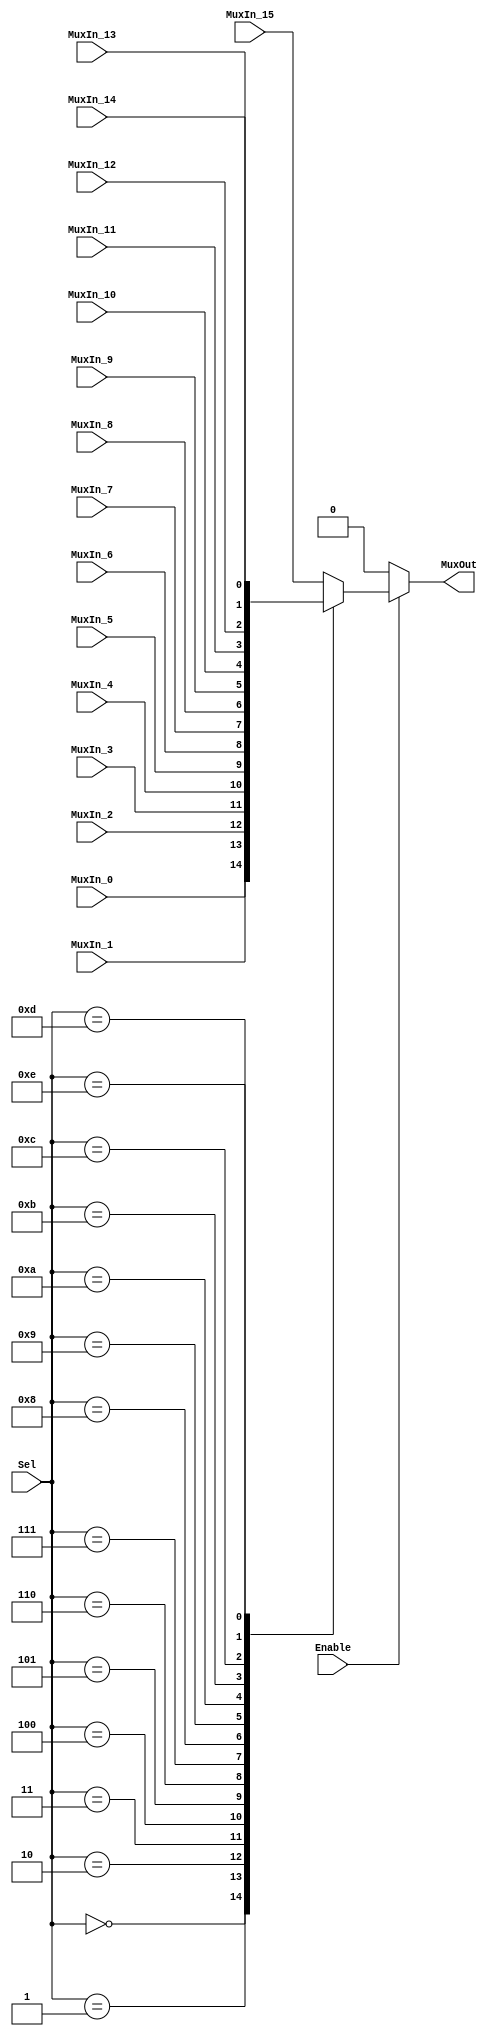
/******************************************************************************
 ** Logisim goes FPGA automatic generated Verilog code                       **
 **                                                                          **
 ** Component : Multiplexer_16                                               **
 **                                                                          **
 ******************************************************************************/

`timescale 1ns/1ps
module Multiplexer_16( Enable,
                       MuxIn_0,
                       MuxIn_1,
                       MuxIn_10,
                       MuxIn_11,
                       MuxIn_12,
                       MuxIn_13,
                       MuxIn_14,
                       MuxIn_15,
                       MuxIn_2,
                       MuxIn_3,
                       MuxIn_4,
                       MuxIn_5,
                       MuxIn_6,
                       MuxIn_7,
                       MuxIn_8,
                       MuxIn_9,
                       Sel,
                       MuxOut);

   /***************************************************************************
    ** Here the inputs are defined                                           **
    ***************************************************************************/
   input  Enable;
   input  MuxIn_0;
   input  MuxIn_1;
   input  MuxIn_10;
   input  MuxIn_11;
   input  MuxIn_12;
   input  MuxIn_13;
   input  MuxIn_14;
   input  MuxIn_15;
   input  MuxIn_2;
   input  MuxIn_3;
   input  MuxIn_4;
   input  MuxIn_5;
   input  MuxIn_6;
   input  MuxIn_7;
   input  MuxIn_8;
   input  MuxIn_9;
   input[3:0]  Sel;

   /***************************************************************************
    ** Here the outputs are defined                                          **
    ***************************************************************************/
   output MuxOut;

   /***************************************************************************
    ** Here the internal registers are defined                               **
    ***************************************************************************/
   reg s_selected_vector;

   assign MuxOut = s_selected_vector;

   always @(*)
   begin
      if (~Enable) s_selected_vector <= 0;
      else case (Sel)
         4'b0000:
            s_selected_vector <= MuxIn_0;
         4'b0001:
            s_selected_vector <= MuxIn_1;
         4'b0010:
            s_selected_vector <= MuxIn_2;
         4'b0011:
            s_selected_vector <= MuxIn_3;
         4'b0100:
            s_selected_vector <= MuxIn_4;
         4'b0101:
            s_selected_vector <= MuxIn_5;
         4'b0110:
            s_selected_vector <= MuxIn_6;
         4'b0111:
            s_selected_vector <= MuxIn_7;
         4'b1000:
            s_selected_vector <= MuxIn_8;
         4'b1001:
            s_selected_vector <= MuxIn_9;
         4'b1010:
            s_selected_vector <= MuxIn_10;
         4'b1011:
            s_selected_vector <= MuxIn_11;
         4'b1100:
            s_selected_vector <= MuxIn_12;
         4'b1101:
            s_selected_vector <= MuxIn_13;
         4'b1110:
            s_selected_vector <= MuxIn_14;
         default:
            s_selected_vector <= MuxIn_15;
      endcase
   end

endmodule